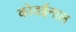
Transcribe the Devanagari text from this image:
कोडईनाल